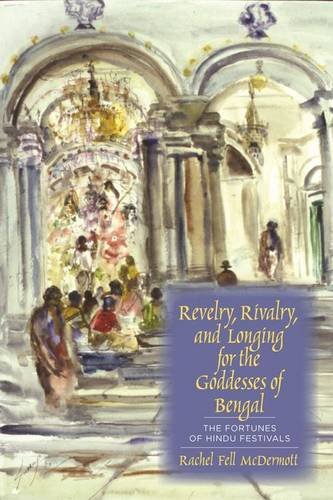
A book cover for Revelry, Rivalry, and Longing for the Goddesses of Bengal: The Fortunes of Hindu Festivals; Rachel Fell McDermott; Religion & Spirituality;